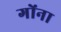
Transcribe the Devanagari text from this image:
गोंना